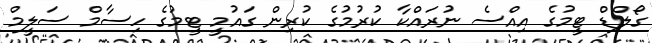
ގޯލްޑް ޓީމުގެ އިއްސެ ނުރައްކާ ކުރުމުގެ ކުރިން ގައުމީ ޓީމުގެ ހިސާމް ސަލީމް